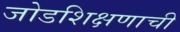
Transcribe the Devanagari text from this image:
जोडशिक्षणाची